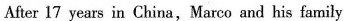
After 17 years in China, Marco and his family